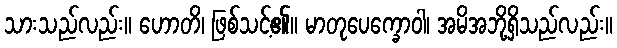
သားသည်လည်း။ ဟောတိ၊ ဖြစ်သင့်၏။ မာတုပေက္ခောဝါ၊ အမိအဘို့ရှိသည်လည်း။